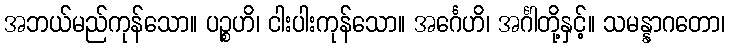
အဘယ်မည်ကုန်သော။ ပဉ္စဟိ၊ ငါးပါးကုန်သော။ အင်္ဂေဟိ၊ အင်္ဂါတို့နှင့်။ သမန္နာဂတော၊